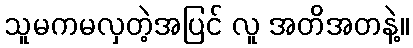
သူမကမလှတဲ့အပြင် လူ အတိအတနဲ့။